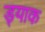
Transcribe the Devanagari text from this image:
ड्याक